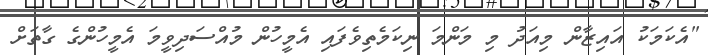
"އެކަމަކު އައިޒާން މިއަދު މި މަންމަ ނިކަމެތިވެފައި އެމީހުން މުއްސަދިވީމަ އެމީހުންގެ ގާތަށް